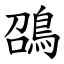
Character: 䳂